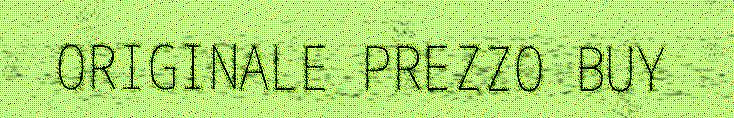
ORIGINALE PREZZO BUY